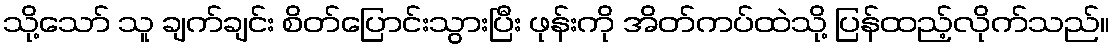
သို့သော် သူ ချက်ချင်း စိတ်ပြောင်းသွားပြီး ဖုန်းကို အိတ်ကပ်ထဲသို့ ပြန်ထည့်လိုက်သည်။